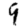
Digit: 9